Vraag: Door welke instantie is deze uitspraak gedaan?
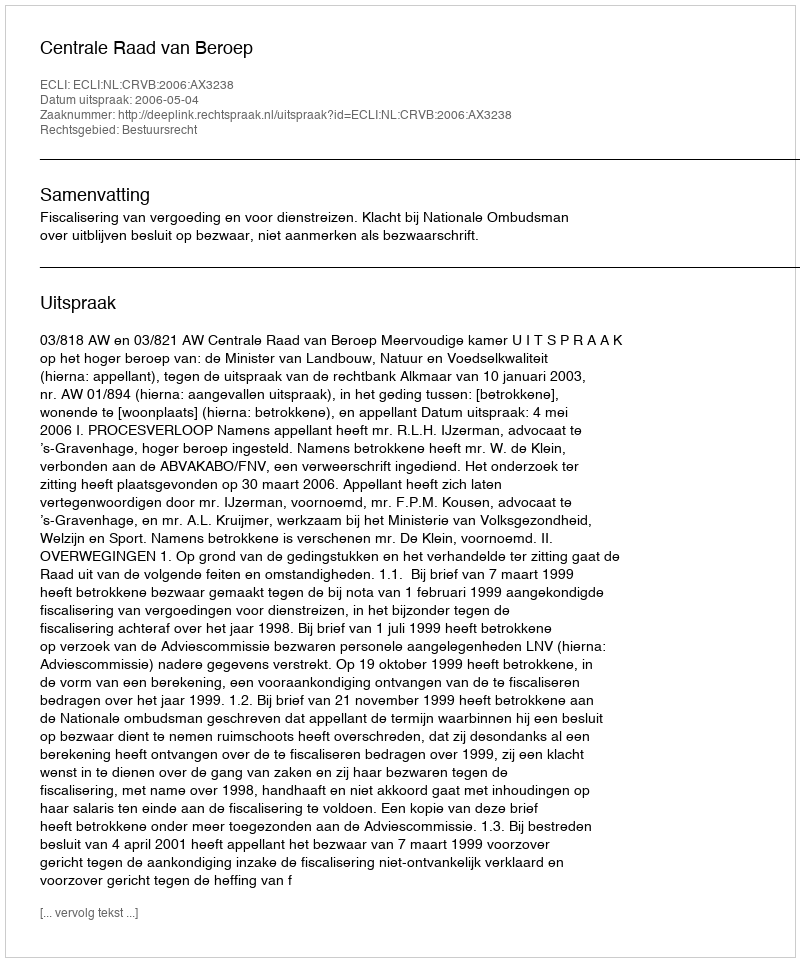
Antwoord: Centrale Raad van Beroep